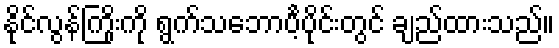
နိုင်လွန်ကြိုးကို ရွက်သဘောင်္ပဲ့ပိုင်းတွင် ချည်ထားသည်။